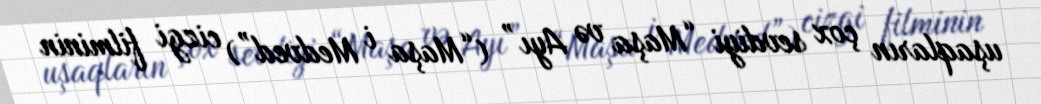
uşaqların çox sevdiyi “Maşa və Ayı” (“Maşa i Medved”) cizgi filminin